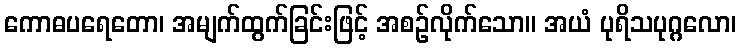
ကောဓပရေတော၊ အမျက်ထွက်ခြင်းဖြင့် အစဉ်လိုက်သော။ အယံ ပုရိသပုဂ္ဂလော၊